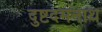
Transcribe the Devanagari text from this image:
दुष्टदमनाथ